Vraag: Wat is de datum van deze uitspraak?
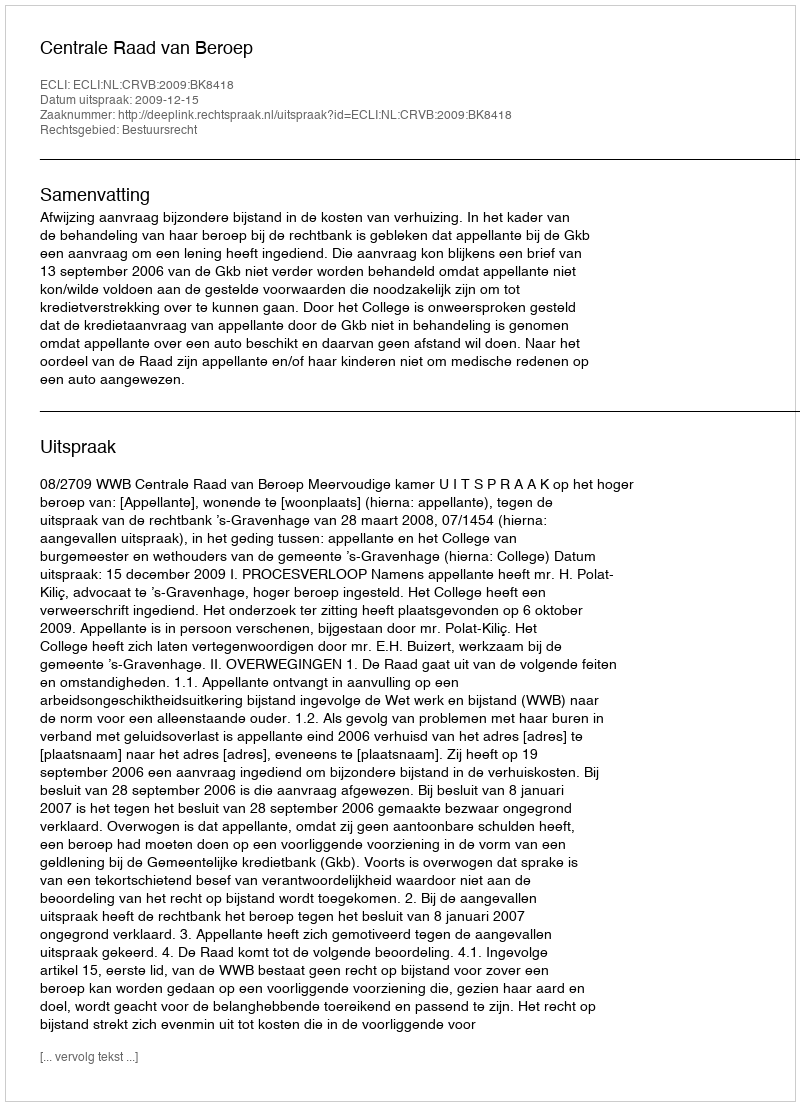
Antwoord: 2009-12-15